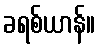
ခရစ်ယာန်။